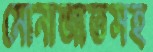
মোনাজাতসহ